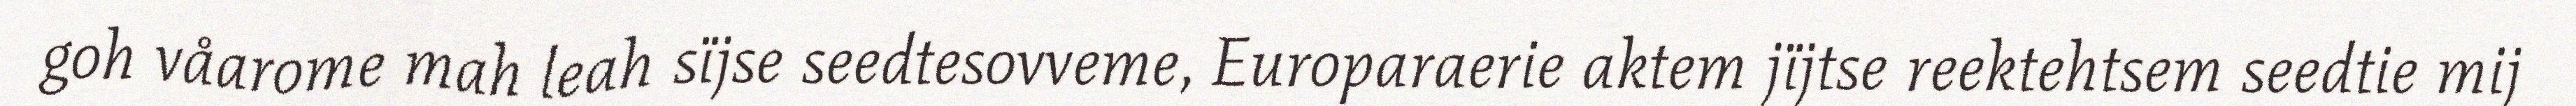
goh våarome mah leah sïjse seedtesovveme, Europaraerie aktem jïjtse reektehtsem seedtie mij